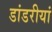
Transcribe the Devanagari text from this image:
डांडरीयां